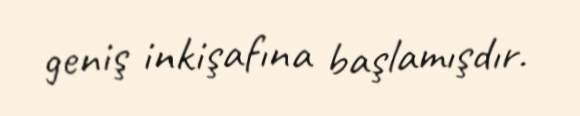
geniş inkişafına başlamışdır.